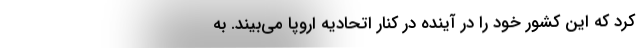
کرد که این کشور خود را در آینده در کنار اتحادیه اروپا می‌بیند. به